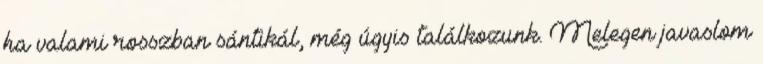
ha valami rosszban sántikál, még úgyis találkozunk. Melegen javaslom